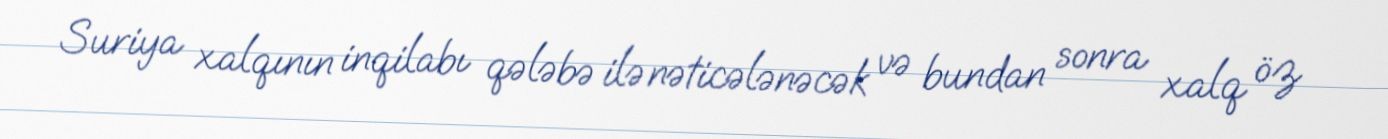
Suriya xalqının inqilabı qələbə ilə nəticələnəcək və bundan sonra xalq öz